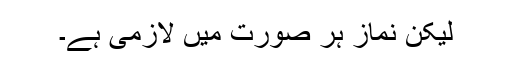
لیکن نماز ہر صورت میں لازمی ہے۔